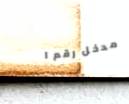
مدخل رقم ١